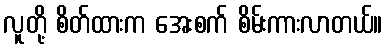
လူတို့ စိတ်ထားက အေးစက် စိမ်းကားလာတယ်။